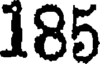
185